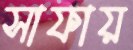
সাফায়